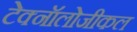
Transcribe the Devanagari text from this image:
टेक्नॉलोजीकल